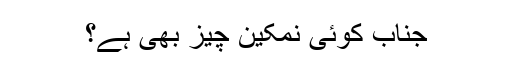
جناب کوئی نمکين چيز بھی ہے؟